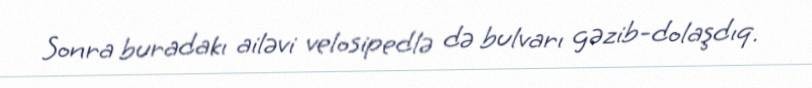
Sonra buradakı ailəvi velosipedlə də bulvarı gəzib-dolaşdıq.